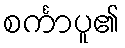
စင်္ကာပူ၏